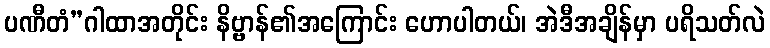
ပဏီတံ”ဂါထာအတိုင်း နိဗ္ဗာန်၏အကြောင်း ဟောပါတယ်၊ အဲဒီအချိန်မှာ ပရိသတ်လဲ